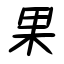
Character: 果